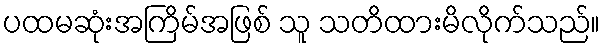
ပထမဆုံးအကြိမ်အဖြစ် သူ သတိထားမိလိုက်သည်။